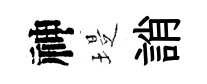
神堤誚